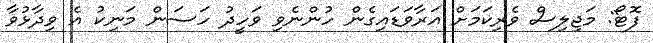
ފޮޓޯ: މަޖިލިސް ވެރިކަމަށް އަރާވަޑައިގެން ހުންނެވި ވަހީދު ހަސަން މަނިކު އެ ވިދާޅުވާ